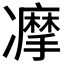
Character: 𠘚